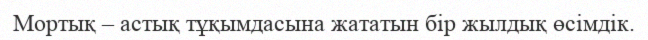
Мортық – астық тұқымдасына жататын бір жылдық өсімдік.